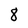
Character: 8